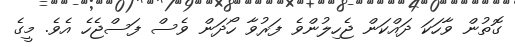
ގޮތުން ވާހަކަ ދައްކަން ޖެހިލުންވެ ފަރުވާ ހޯދަން ވެސް ފަސްޖެހެ އެވެ. މީގެ